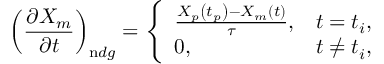
\left( \frac { \partial X _ { m } } { \partial t } \right) _ { \mathrm { n } d g } = \left\{ \begin{array} { l l } { \frac { X _ { p } \left( t _ { p } \right) - X _ { m } ( t ) } { \tau } , } & { t = t _ { i } , } \\ { 0 , } & { t \neq t _ { i } , } \end{array} \right.